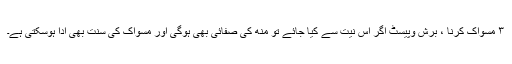
۳ مسواک کرنا ، برش وپیسٹ اگر اس نیت سے کیا جائے تو منھ کی صفائی بھی ہوگی اور مسواک کی سنت بھی ادا ہوسکتی ہے۔